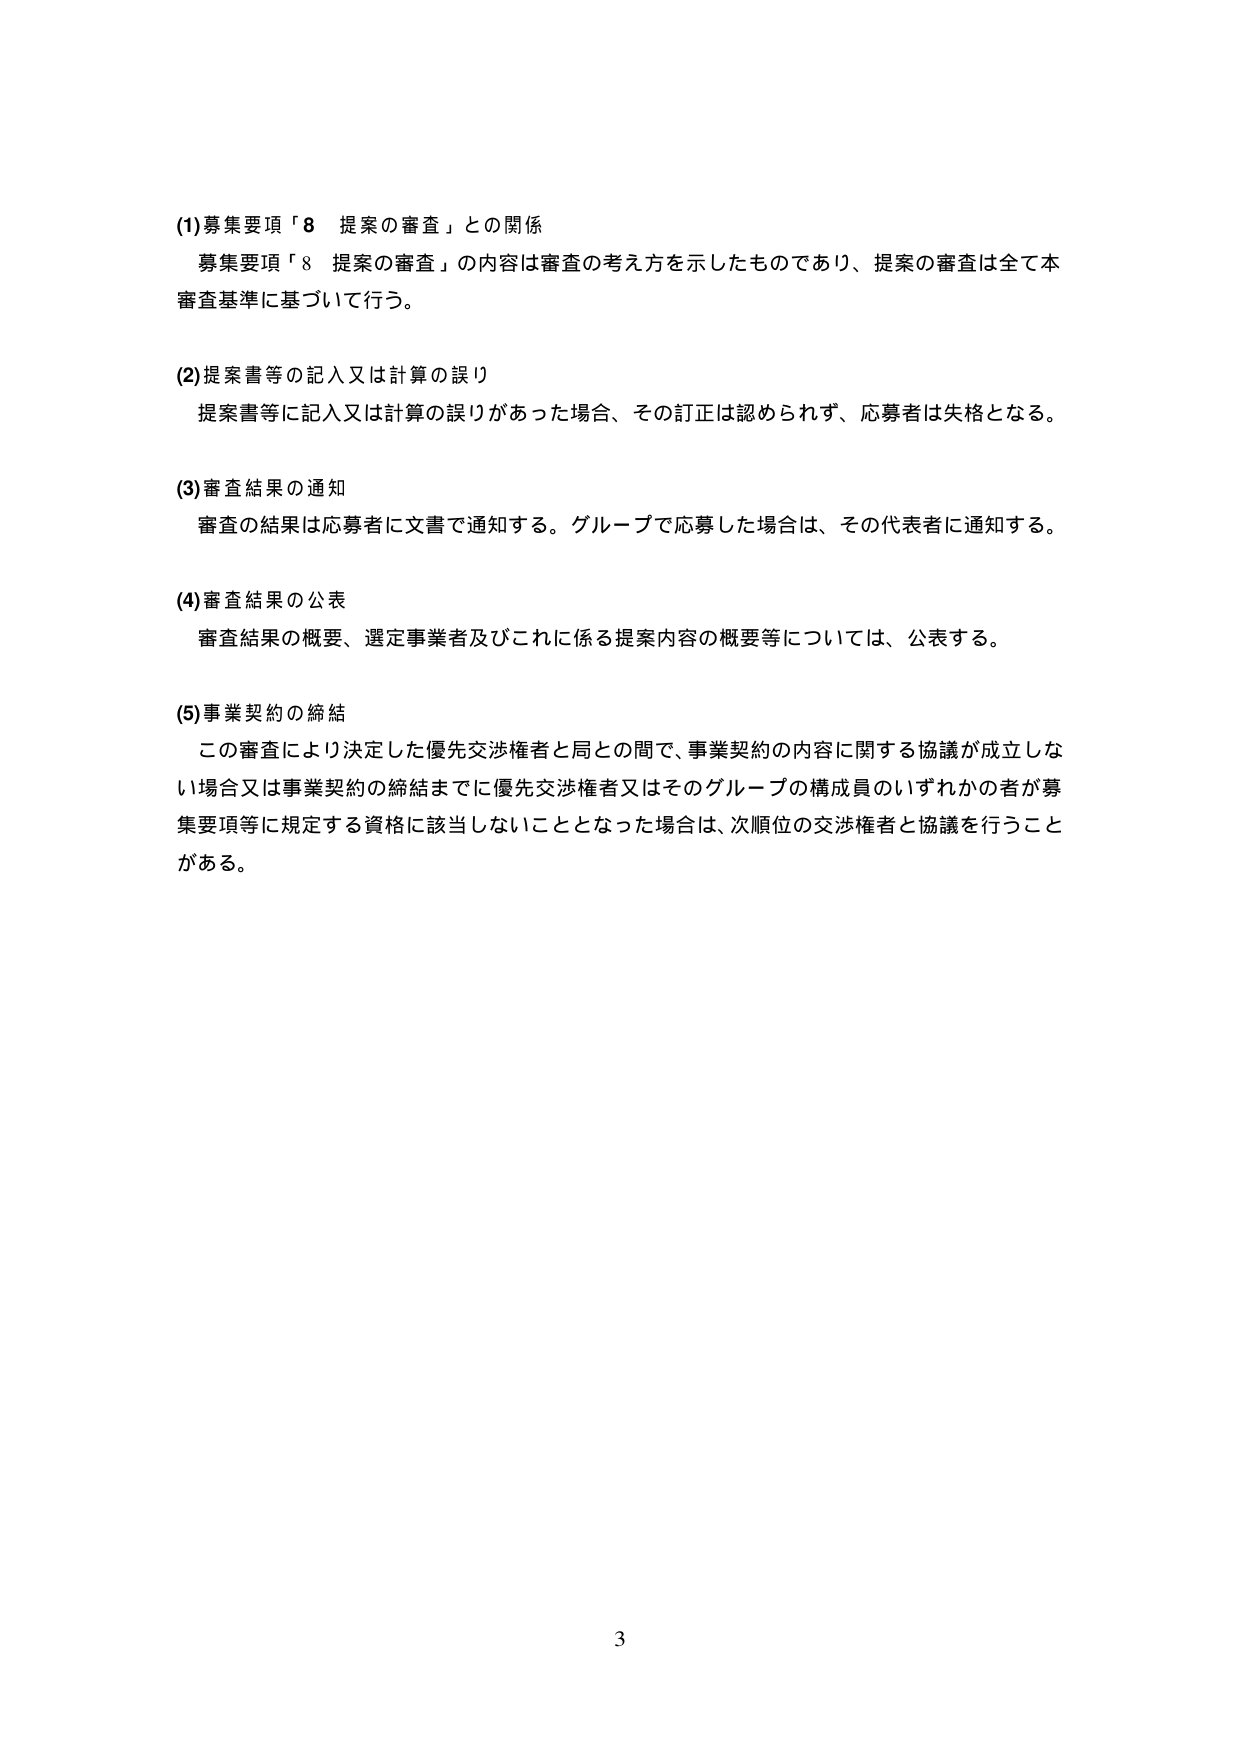
(1) 募集要項「8 提案の審査」との関係
募集要項「8 提案の審査」の内容は審査の考え方を示したものであり、提案の審査は全て本審査基準に基づいて行う。

(2) 提案書等の記入又は計算の誤り
提案書等に記入又は計算の誤りがあった場合、その訂正は認められず、応募者は失格となる。

(3) 審査結果の通知
審査の結果は応募者に文書で通知する。グループで応募した場合は、その代表者に通知する。

(4) 審査結果の公表
審査結果の概要、選定事業者及びこれに係る提案内容の概要等については、公表する。

(5) 事業契約の締結
この審査により決定した優先交渉権者と局との間で、事業契約の内容に関する協議が成立しない場合又は事業契約の締結までに優先交渉権者又はそのグループの構成員のいずれかの者が募集要項等に規定する資格に該当しないこととなった場合は、次順位の交渉権者と協議を行うことがある。

3